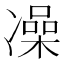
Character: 𫥛